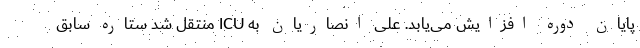
پایان دوره افزایش می‌یابد. علی انصاریان به ICU منتقل شد ستاره سابق